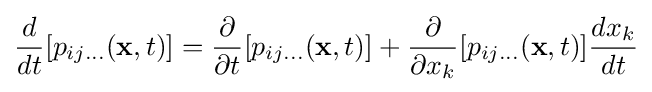
{\frac {d}{dt}}[p_{ij\ldots }(\mathbf {x} ,t)]={\frac {\partial }{\partial t}}[p_{ij\ldots }(\mathbf {x} ,t)]+{\frac {\partial }{\partial x_{k}}}[p_{ij\ldots }(\mathbf {x} ,t)]{\frac {dx_{k}}{dt}}